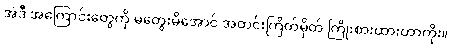
အဲဒီ အကြောင်းတွေကို မတွေးမိအောင် အတင်းကြိတ်မှိတ် ကြိုးစားထားတာကိုး။